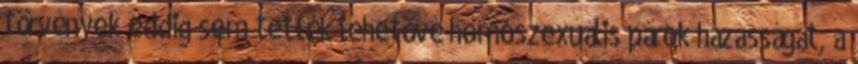
törvények eddig sem tették lehetővé homoszexuális párok házasságát, a